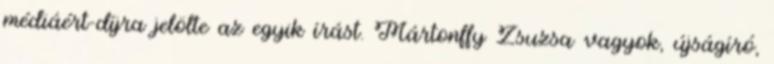
médiáért-díjra jelölte az egyik írást. Mártonffy Zsuzsa vagyok, újságíró,